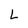
Character: L